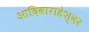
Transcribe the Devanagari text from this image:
आदिवाराहेश्वर